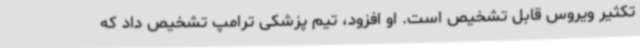
تکثیر ویروس قابل تشخیص است. او افزود، تیم پزشکی ترامپ تشخیص داد که